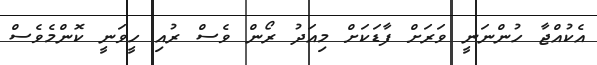
އެކުއްޖާ ހުންނަނީ ވަރަށް ފާޑަކަށް މިއަދު ރޯން ވެސް ރުއި ހީވަނީ ކޮންމެވެސް